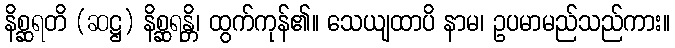
နိစ္ဆရတိ (ဆဋ္ဌ) နိစ္ဆရန္တိ၊ ထွက်ကုန်၏။ သေယျထာပိ နာမ၊ ဥပမာမည်သည်ကား။